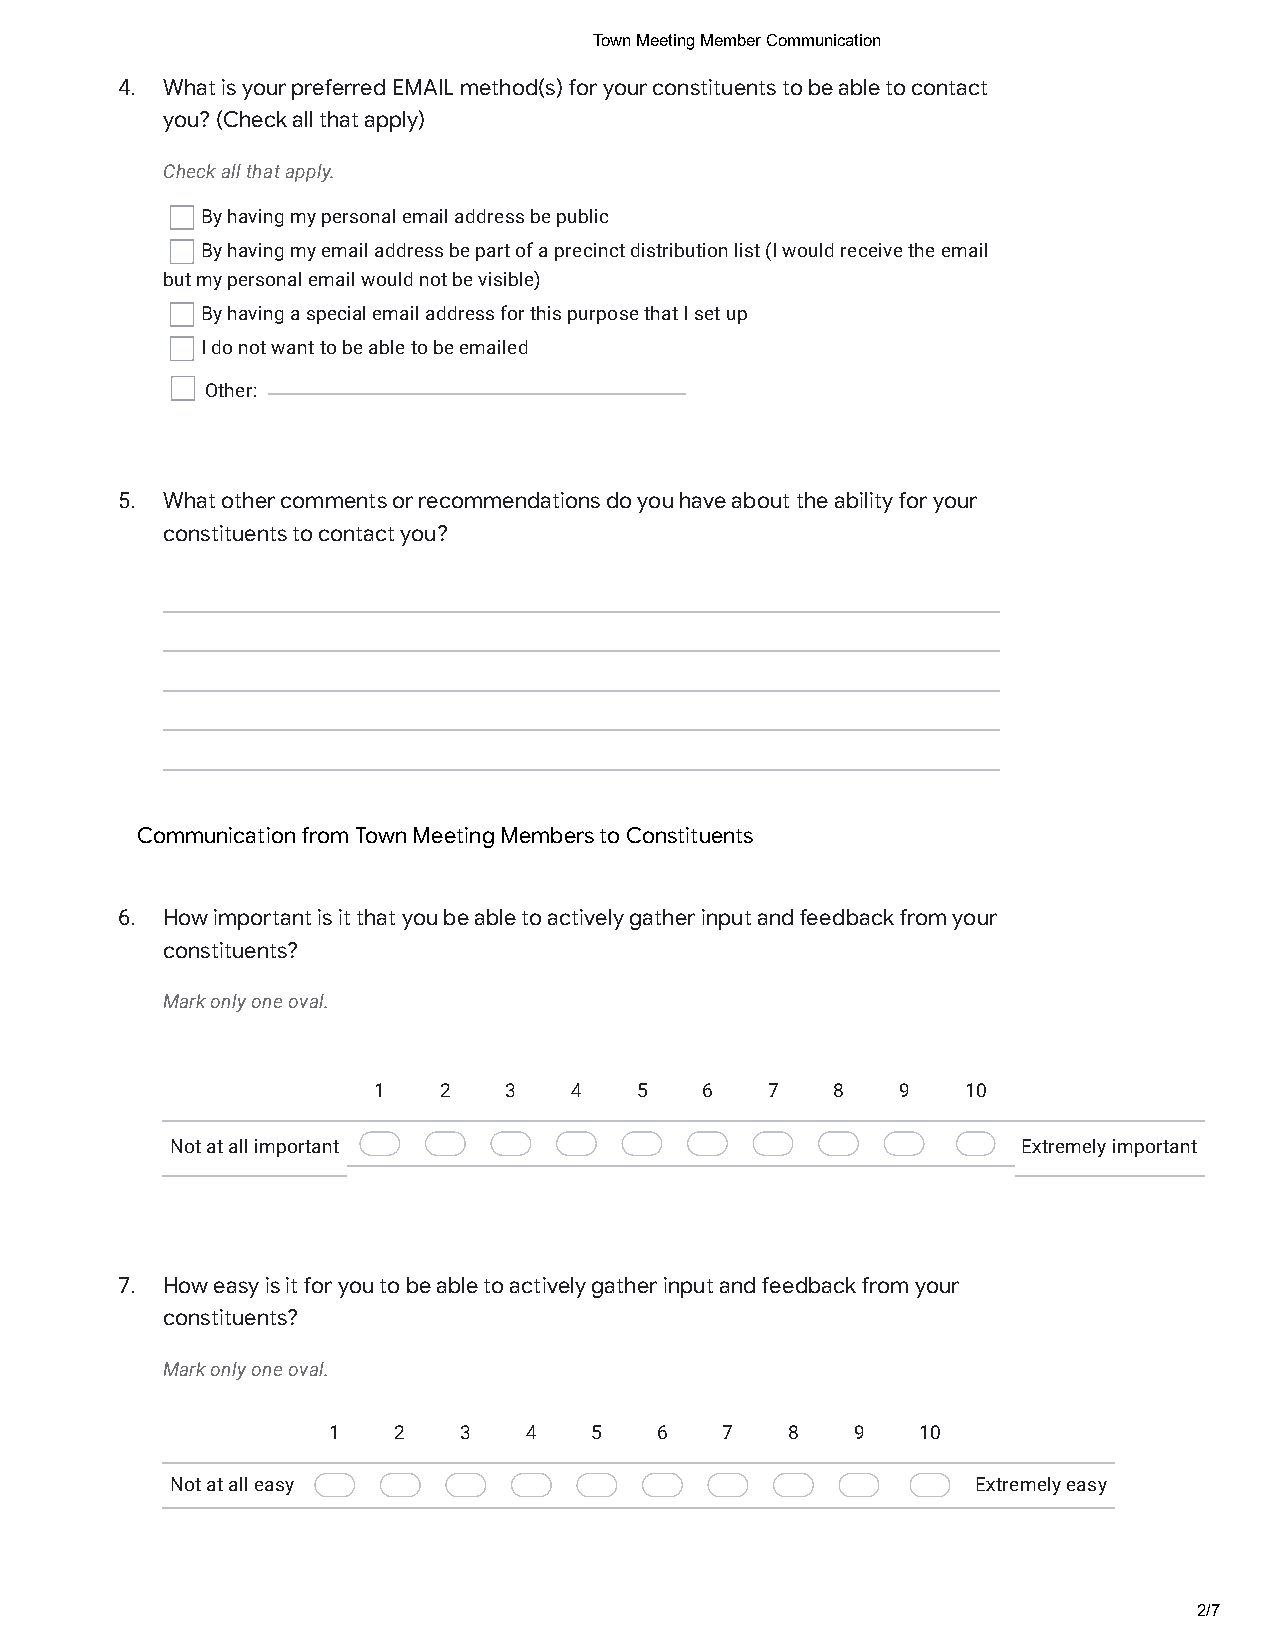
Town Meeting Member Communication
 4. What is your preferred EMAIL method(s) for your constituents to be able to contact
 you? (Check all that apply)
 Check all that apply.
 By having my personal email address be public
 By having my email address be part of a precinct distribution list (I would receive the email
 but my personal email would not be visible)
 By having a special email address for this purpose that I set up
 I do not want to be able to be emailed
 Other:
 5. What other comments or recommendations do you have about the ability for your
 constituents to contact you?
 Communication from Town Meeting Members to Constituents
 6. How important is it that you be able to actively gather input and feedback from your
 constituents?
 Mark only one oval.
 1   2   3    4   5   6    7   8    9   10
 Not at all important                                     Extremely important
 7. How easy is it for you to be able to actively gather input and feedback from your
 constituents?
 Mark only one oval.
 1   2   3    4   5   6    7   8    9   10
 Not at all easy                                       Extremely easy
 2/7